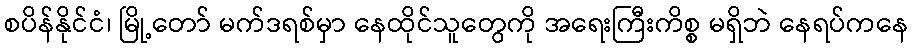
စပိန်နိုင်ငံ၊ မြို့တော် မက်ဒရစ်မှာ နေထိုင်သူတွေကို အရေးကြီးကိစ္စ မရှိဘဲ နေရပ်ကနေ